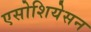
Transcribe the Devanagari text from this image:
एसोशियेसन